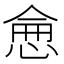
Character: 𢜒